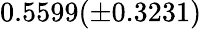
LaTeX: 0.5599(\pm 0.3231)